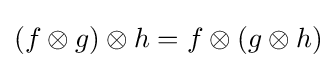
(f\otimes g)\otimes h=f\otimes (g\otimes h)